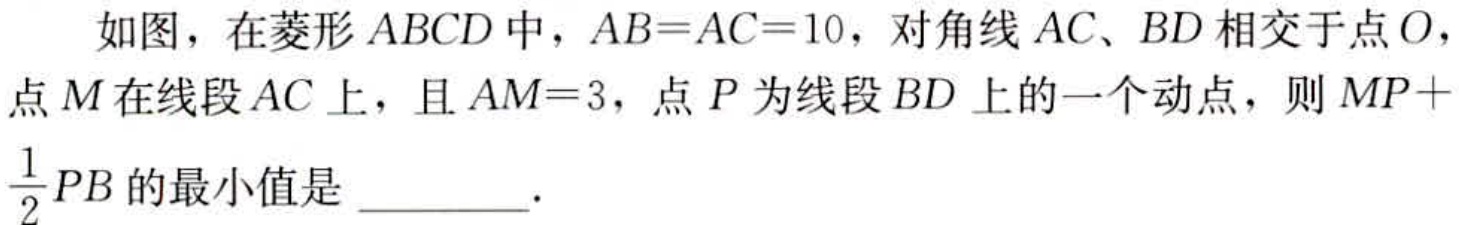
如图，在菱形\(ABCD\)中，\(AB = AC = 10\)，对角线\(AC、BD\)相交于点\(O\)，点\(M\)在线段\(AC\)上，且\(AM = 3\)，点\(P\)为线段\(BD\)上的一个动点，则\(MP+\frac{1}{2}PB\)的最小值是 \_\_\_\_\_ .